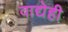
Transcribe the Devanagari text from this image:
वाद्येही